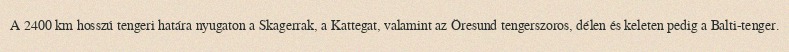
A 2400 km hosszú tengeri határa nyugaton a Skagerrak, a Kattegat, valamint az Öresund tengerszoros, délen és keleten pedig a Balti-tenger.